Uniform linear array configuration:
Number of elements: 32
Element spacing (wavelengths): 0.5
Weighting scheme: kaiser
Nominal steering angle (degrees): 45
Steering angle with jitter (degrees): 44.056
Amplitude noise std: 0.05
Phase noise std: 0.05

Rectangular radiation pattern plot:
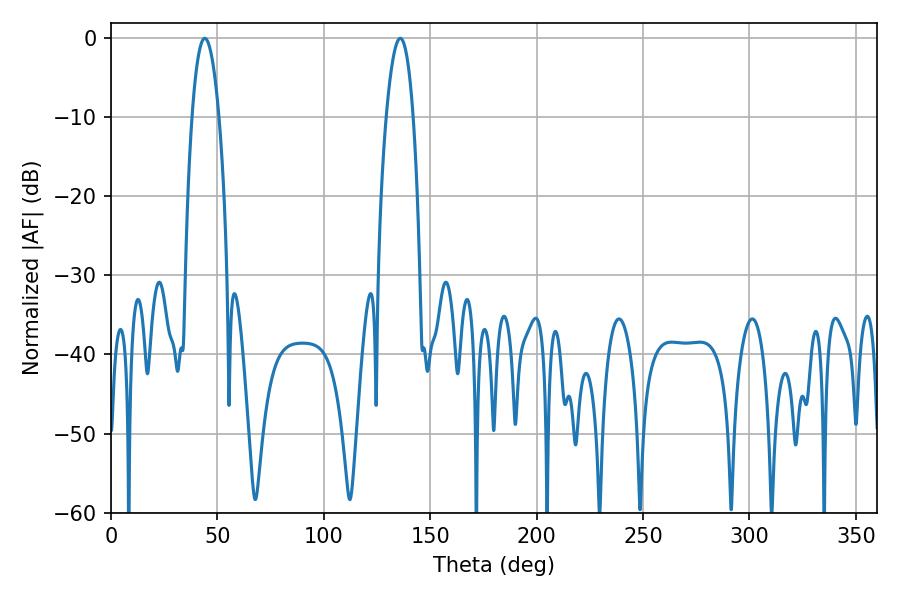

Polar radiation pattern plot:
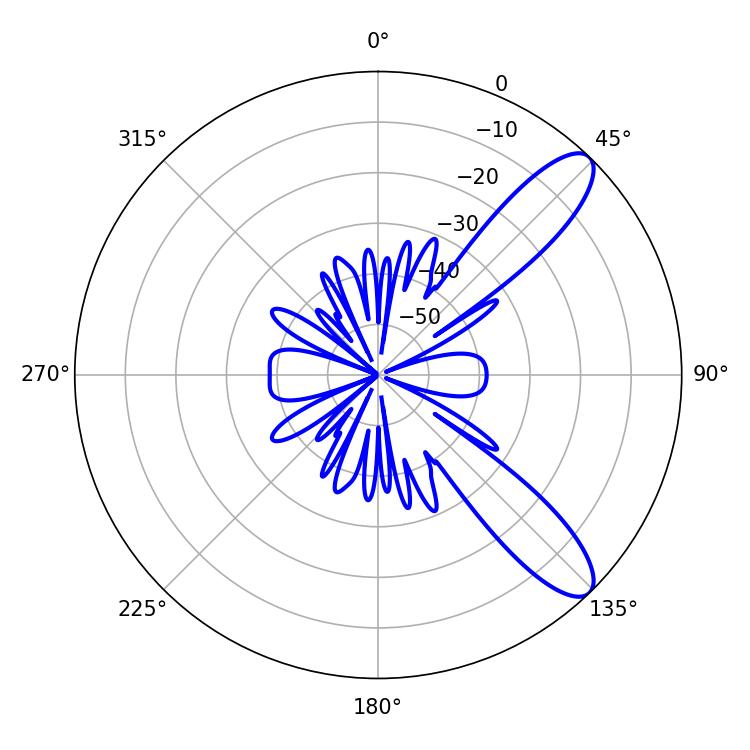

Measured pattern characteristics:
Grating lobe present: FALSE
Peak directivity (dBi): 10.385
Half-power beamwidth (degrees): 7.02
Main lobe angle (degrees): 44.1